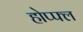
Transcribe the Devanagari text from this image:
होप्फ्ल